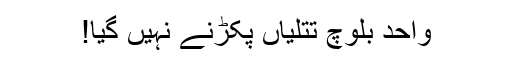
واحد بلوچ تتلیاں پکڑنے نہیں گیا!